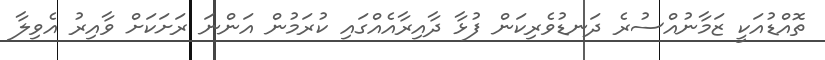
ތޮއްޑުއަކީ ޒަމާނުއްސުރެ ދަނޑުވެރިކަން ފުޅާ ދާއިރާއެއްގައި ކުރަމުން އަންނަ ރަށަކަށް ވާއިރު އެވިލާ